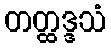
တတ္ထဒ္ဒသံ